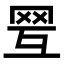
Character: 𦊍